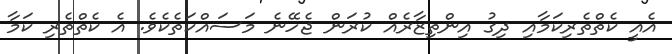
އެއީ ކެތްތެރިކަމާއި ދިގު އިންތިޒާރެއް ކުރަން ޖެހޭނެ މަސައްކަތެކެވެ. އެ ކެތްތެރި ކަމާ